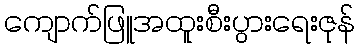
ကျောက်ဖြူအထူးစီးပွားရေးဇုန်